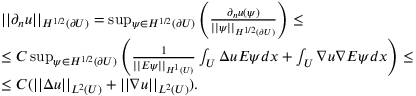
\begin{array} { r l } & { | | \partial _ { n } u | | _ { H ^ { 1 / 2 } ( \partial U ) } = \operatorname* { s u p } _ { \psi \in H ^ { 1 / 2 } ( \partial U ) } \left( \frac { \partial _ { n } u ( \psi ) } { | | \psi | | _ { H ^ { 1 / 2 } ( \partial U ) } } \right) \leq } \\ & { \leq C \operatorname* { s u p } _ { \psi \in H ^ { 1 / 2 } ( \partial U ) } \left( \frac { 1 } { | | E \psi | | _ { H ^ { 1 } ( U ) } } \int _ { U } \Delta u E \psi d x + \int _ { U } \nabla u \nabla E \psi d x \right) \leq } \\ & { \leq C ( | | \Delta u | | _ { L ^ { 2 } ( U ) } + | | \nabla u | | _ { L ^ { 2 } ( U ) } ) . } \end{array}